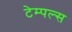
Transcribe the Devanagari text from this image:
टेम्पल्स